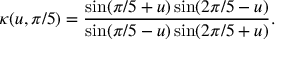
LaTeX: \kappa ( u , { \pi / 5 } ) = { \frac { \sin ( \pi / 5 + u ) \sin ( 2 \pi / 5 - u ) } { \sin ( \pi / 5 - u ) \sin ( 2 \pi / 5 + u ) } } .